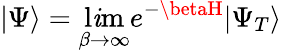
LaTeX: \vert\Psi\rangle=\operatorname*{l\mathit{i}m}_{\beta\to\infty}e^{-\betaH}\vert\Psi_{T}\rangle